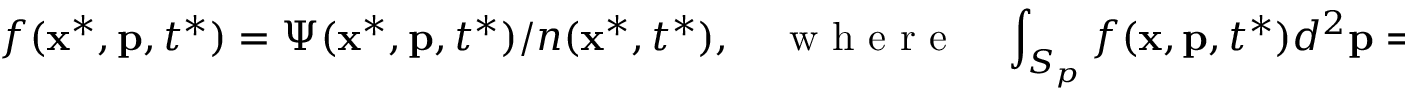
f ( \mathbf { x } ^ { * } , \mathbf { p } , t ^ { * } ) = \Psi ( \mathbf { x } ^ { * } , \mathbf { p } , t ^ { * } ) / n ( \mathbf { x } ^ { * } , t ^ { * } ) , \quad \mathrm { ~ w ~ h ~ e ~ r ~ e ~ } \quad \int _ { S _ { p } } f ( \mathbf { x } , \mathbf { p } , t ^ { * } ) d ^ { 2 } \mathbf { p } = 1 .